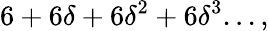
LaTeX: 6+6\delta+6\delta^{2}+6\delta^{3}...,